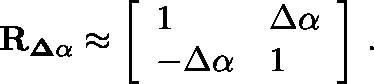
{ \mathbf { R _ { \Delta \alpha } } } \approx \left[ \begin{array} { l l } { { 1 } } & { { \Delta \alpha } } \\ { { - \Delta \alpha } } & { { 1 } } \end{array} \right] \, .